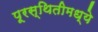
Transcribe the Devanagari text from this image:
पूरस्थितीमध्ये